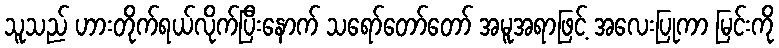
သူသည် ဟားတိုက်ရယ်လိုက်ပြီးနောက် သရော်တော်တော် အမူအရာဖြင့် အလေးပြုကာ မြင်းကို